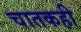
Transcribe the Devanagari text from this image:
चातकही